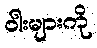
ဝါးများကို